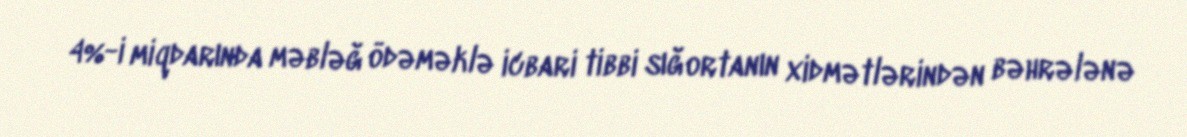
4%-i miqdarında məbləğ ödəməklə icbari tibbi sığortanın xidmətlərindən bəhrələnə